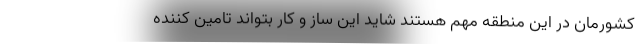
کشورمان در این منطقه مهم هستند شاید این ساز و کار بتواند تامین کننده